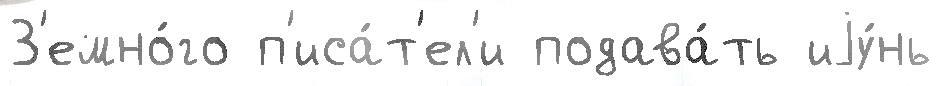
З'емно́го п'иса́т'ел'и подава́ть иjу́нь